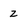
Character: z